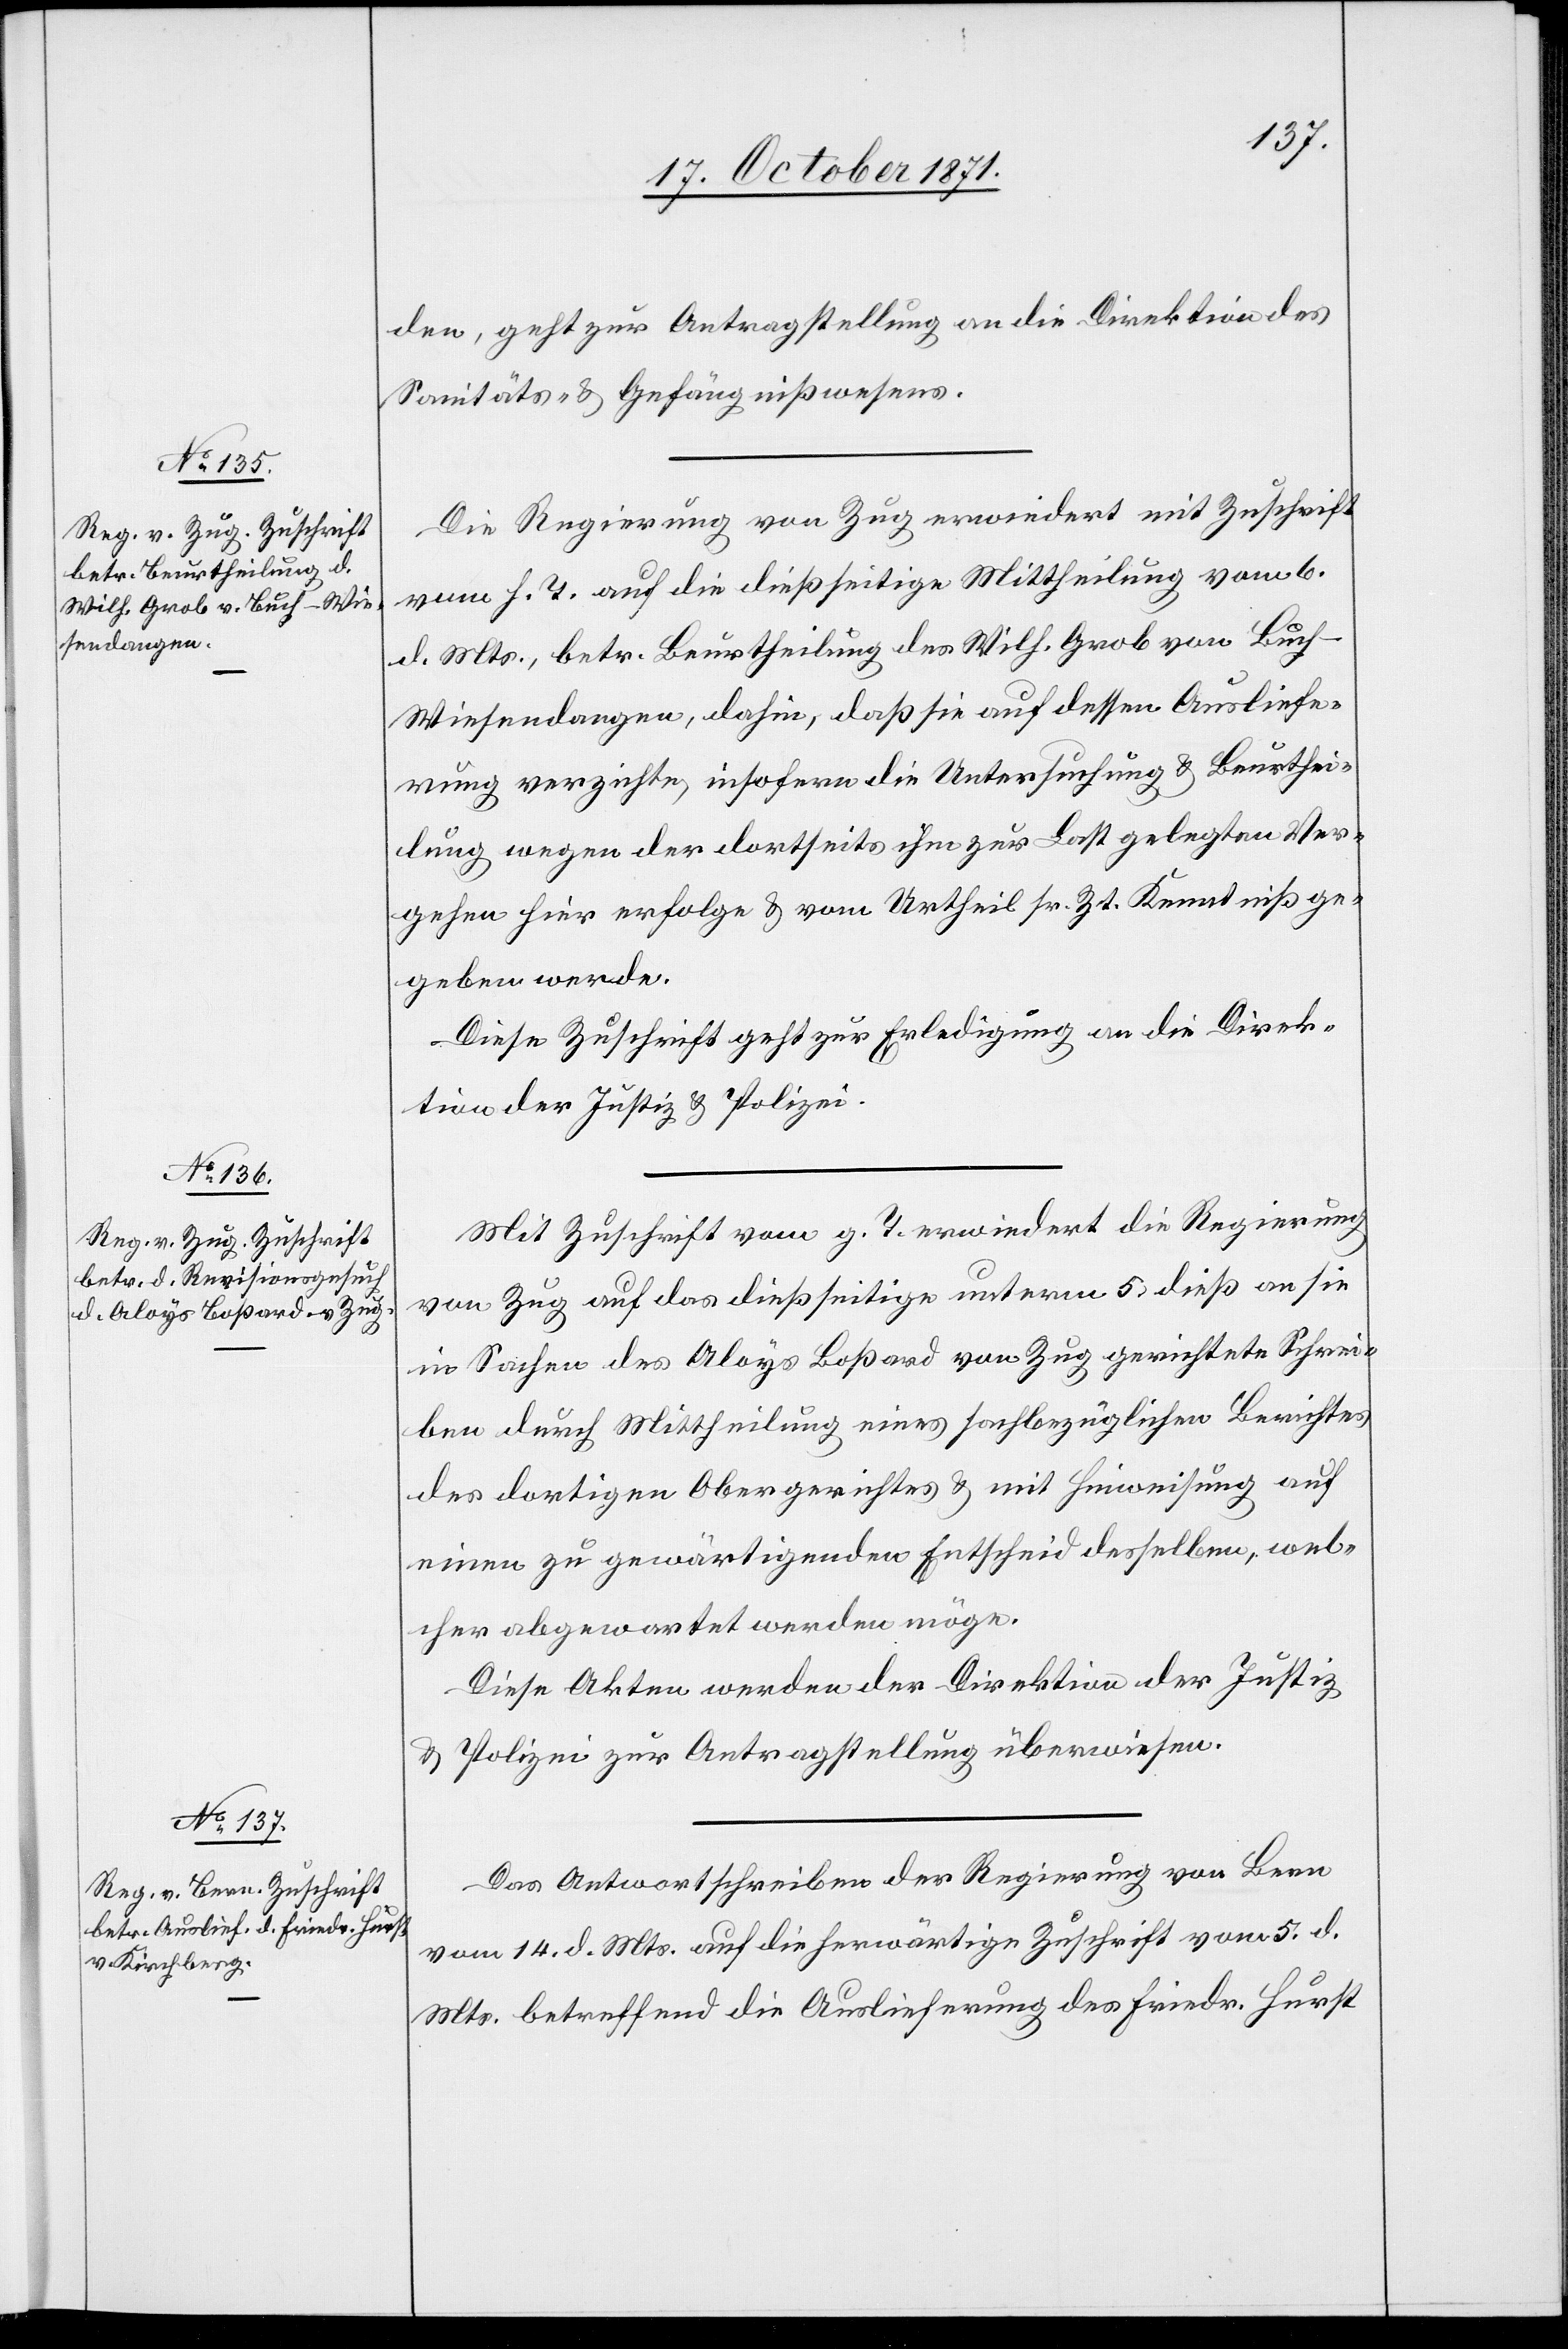
17. October 1871.]
den, geht zur Antragstellung an die Direktion des
Sanitäts- & Gefängnißwesens.
Die Regierung von Zug erwiedert mit Zuschrift
vom h. T. auf die dießseitige Mittheilung vom 6.
d. Mts., betr. Beurtheilung des Wilh. Grob von Buch
Wiesendangen, dahin, daß sie auf dessen Ausliefe¬
rung verzichte, insofern die Untersuchung & Beurthei¬
lung wegen der dortseits ihm zur Last gelegten Ver¬
gehen hier erfolge & vom Urtheil sr. Zt. Kenntniß ge¬
geben werde.
Diese Zuschrift geht zur Erledigung an die Direk¬
tion der Justiz & Polizei.
Mit Zuschrift vom g. T. erwiedert die Regierung
von Zug auf das dießseitige unterm 5. dieß an sie
in Sachen des Aloys Boßard von Zug gerichtete Schrei¬
ben durch Mittheilung eines sachbezüglichen Berichtes
des dortigen Obergerichtes & mit Hinweisung auf
einen zu gewärtigenden Entscheid desselben, wel¬
cher abgewartet werden möge.
Diese Akten werden der Direktion der Justiz
& Polizei zur Antragstellung überwiesen.
Das Antwortschreiben der Regierung von Bern
vom 14. d. Mts. auf die herwärtige Zuschrift vom 5. d.
Mts. betreffend die Auslieferung des Friedr. Hürst